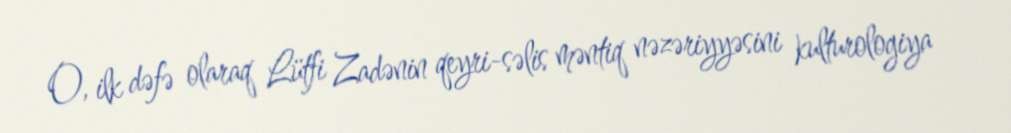
O, ilk dəfə olaraq Lütfi Zadənin qeyri-səlis məntiq nəzəriyyəsini kulturologiya